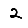
Digit: 2